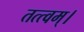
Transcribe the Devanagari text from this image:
तत्त्‍वम्।